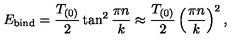
E _ { \mathrm { b i n d } } = { \frac { T _ { ( 0 ) } } { 2 } } \tan ^ { 2 } { \frac { \pi n } { k } } \approx { \frac { T _ { ( 0 ) } } { 2 } } \left( { \frac { \pi n } { k } } \right) ^ { 2 } ,